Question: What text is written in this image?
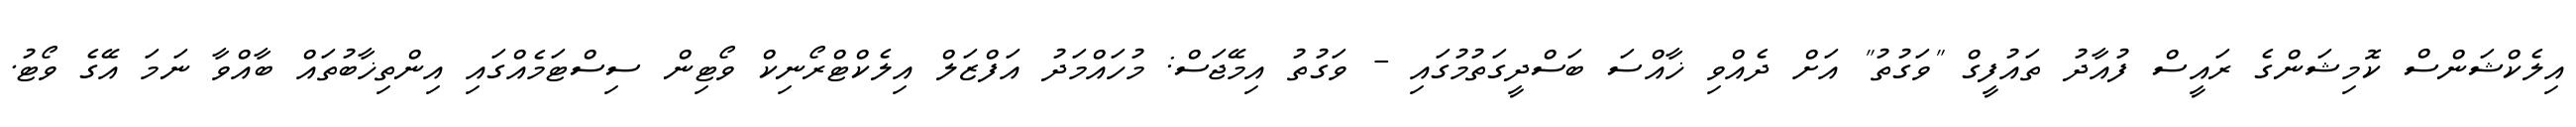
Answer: އިލެކްޝަންސް ކޮމިޝަންގެ ރައީސް ފުއާދު ތައުފީގް "ވަގުތު" އަށް ދެއްވި ޚާއްސަ ބަސްދީގަތުމުގައި - ވަގުތު އިމޭޖަސް: މުހައްމަދު އަފްޒަލް އިލެކްޓްރޯނިކް ވޯޓިން ސިސްޓަމެއްގައި އިންތިޚާބުތައް ބާއްވާ ނަމަ އޭގެ ވޯޓު.